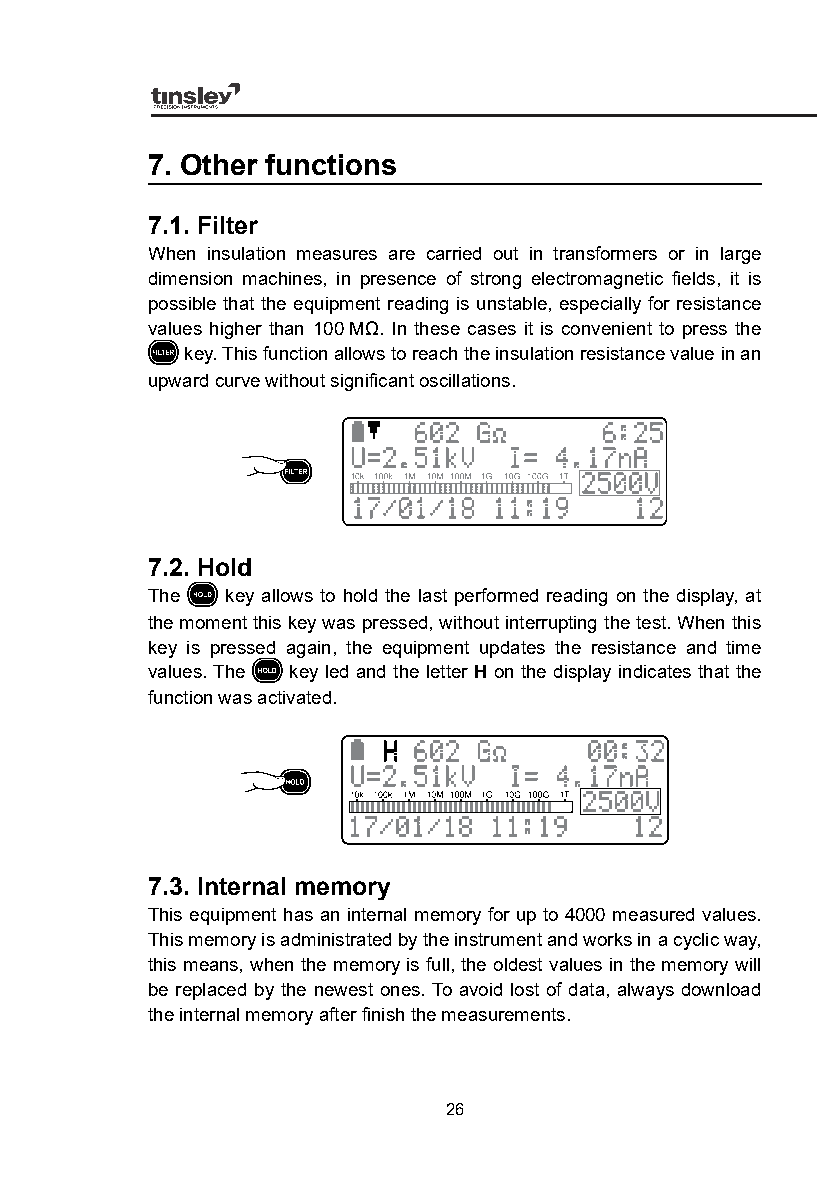
7. Other functions
 7.1. Filter
 When insulation measures are carried out in transformers or in large
 dimension machines, in presence of strong electromagnetic fields, it is
 possible that the equipment reading is unstable, especially for resistance
 values higher than 100 MΩ. In these cases it is convenient to press the
 key. This function allows to reach the insulation resistance value in an
 upward curve without significant oscillations.
 7.2. Hold
 The  key allows to hold the last performed reading on the display, at
 the moment this key was pressed, without interrupting the test. When this
 key is pressed again, the equipment updates the resistance and time
 values. The key led and the letter H on the display indicates that the
 function was activated.
 7.3. Internal memory
 This equipment has an internal memory for up to 4000 measured values.
 This memory is administrated by the instrument and works in a cyclic way,
 this means, when the memory is full, the oldest values in the memory will
 be replaced by the newest ones. To avoid lost of data, always download
 the internal memory after finish the measurements.
 26